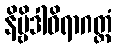
နိဗ္ဗိဒါဝိရာဂတ္ထံ